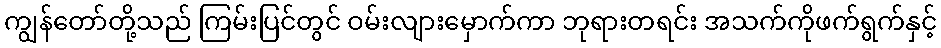
ကျွန်တော်တို့သည် ကြမ်းပြင်တွင် ဝမ်းလျားမှောက်ကာ ဘုရားတရင်း အသက်ကိုဖက်ရွက်နှင့်